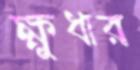
ক্ষুধার